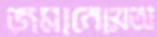
জমানোয়অ